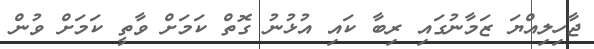
ޖާހިލިއްޔަ ޒަމާނުގައި ރިބާ ކައި އުޅުނު ގޮތް ކަމަށް ވާތީ ކަމަށް ވުން